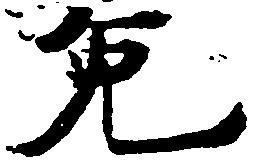
免